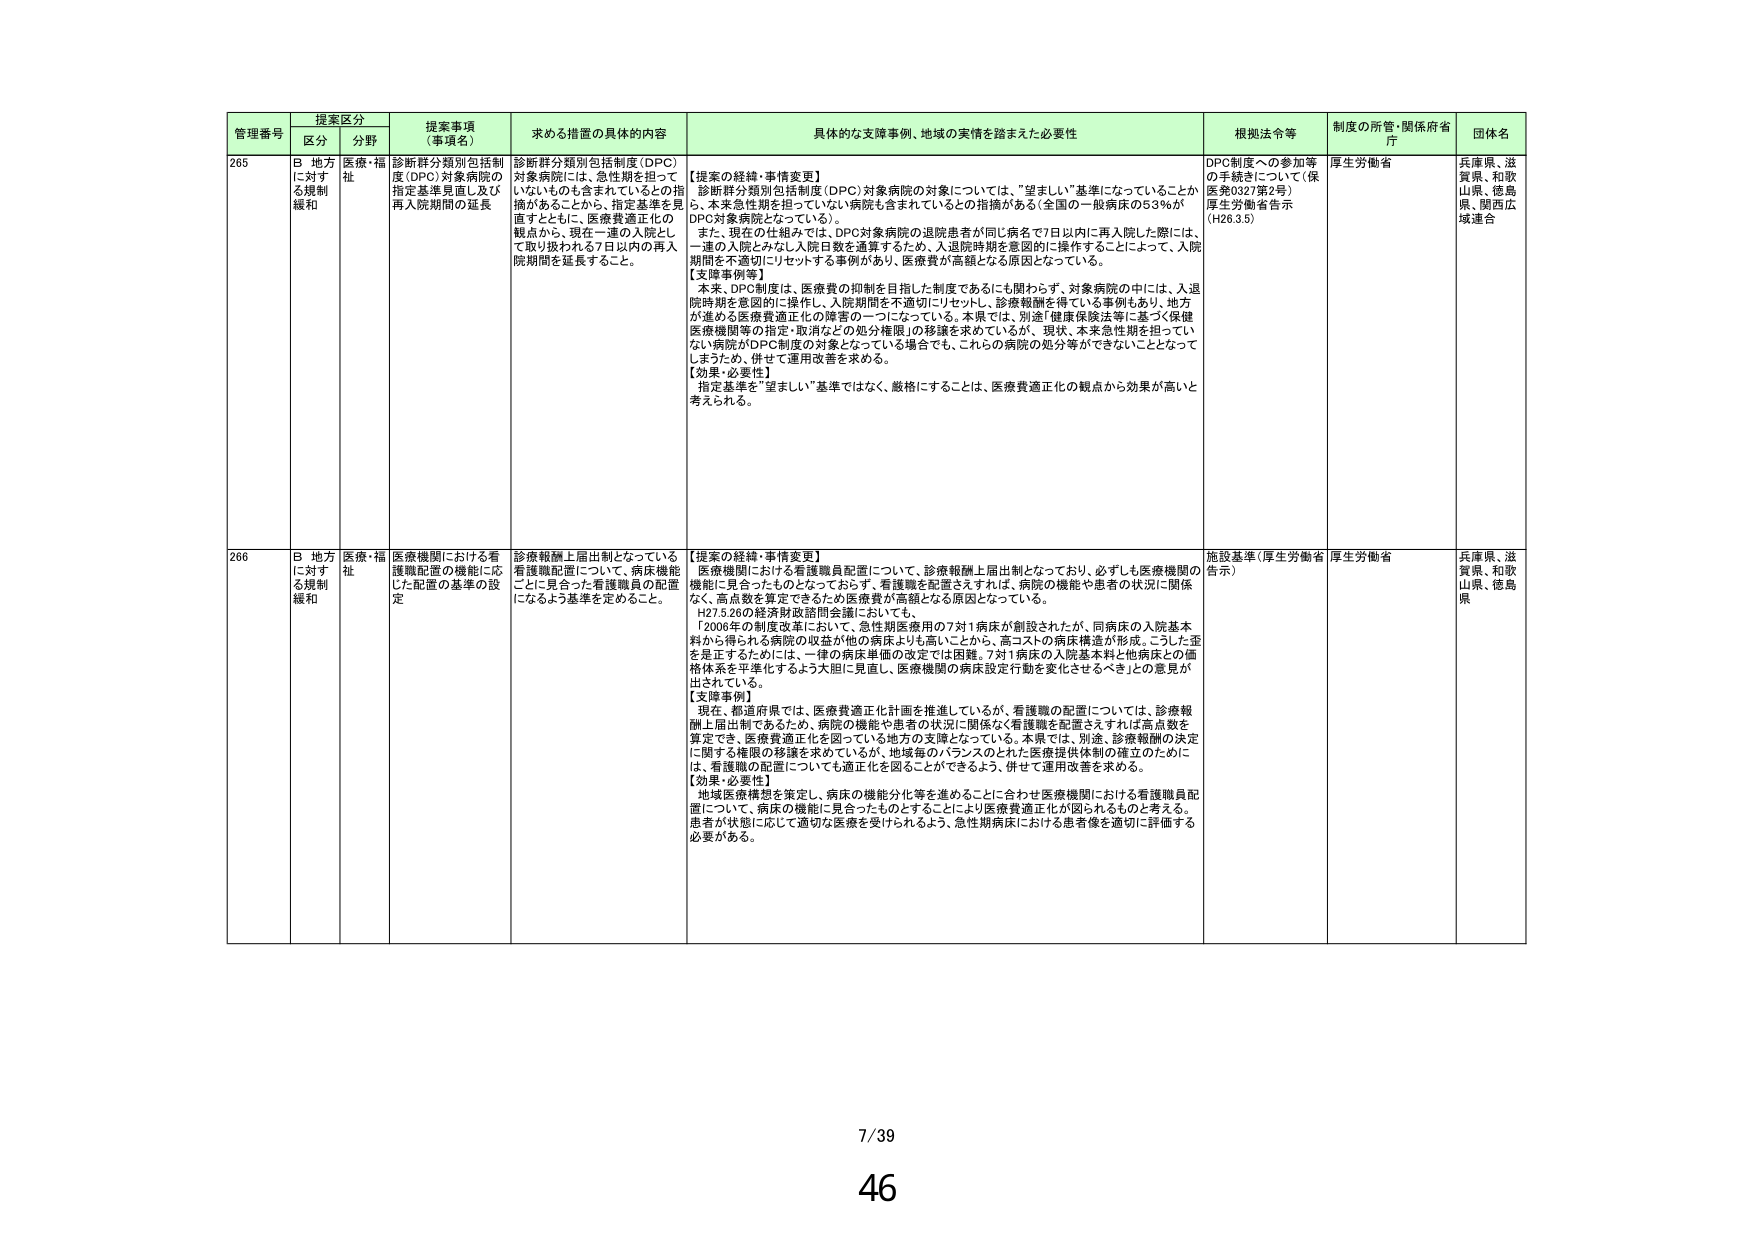
管理番号 提案区分 提案事項（事項名） 求める措置の具体的内容 具体的な支援事例、地域の実情を踏まえた必要性 根拠法令等 制度の所管・関係府省庁 団体名
区分 分野
265 B 地方に対する規制緩和 医療・福祉 診断群分類別包括制度（DPC）対象病院の指定基準見直し及び再入院期間の延長 診断群分類別包括制度（DPC）対象病院には、急性期を担っていないものも含まれているとの指摘があることから、指定基準を見直すとともに、医療費適正化の観点から、現在一連の入院として取り扱われる7日以内の再入院期間を延長すること。 【提案の経緯・事情変更】 診断群分類別包括制度（DPC）対象病院の対象については、“望ましい”基準になっていることから、本来急性期を担っていない病院も含まれているとの指摘がある（全国の一般病床の53％がDPC対象病院となっている）。 また、現在の仕組みでは、DPC対象病院の退院患者が同じ病名で7日以内に再入院した際には、一連の入院とみなし入院日数を通算するため、入退院時期を意図的に操作することによって、入院期間を不適切にリセットする事例があり、医療費が高額となる原因となっている。 【支援事例等】 本来、DPC制度は、医療費の抑制を目指した制度であるにも関わらず、対象病院の中には、入退院時期を意図的に操作し、入院期間を不適切にリセットし、診療報酬を得ている事例もあり、地方が進める医療費適正化の障害の一つになっている。本県では、別途「健康保険法等に基づく保健医療機関等の指定・取消などの処分権限」の移譲を求めているが、現状、本来急性期を担っていない病院がDPC制度の対象となっている場合でも、これらの病院の処分等ができないこととなって しまうため、併せて運用改善を求める。 【効果・必要性】 指定基準を“望ましい”基準ではなく、厳格にすることは、医療費適正化の観点から効果が高いと考えられる。 DPC制度への参加等の手続きについて（保医発0327第2号） 厚生労働省告示（H26.3.5） 厚生労働省 兵庫県、滋賀県、和歌山県、徳島県、関西広域連合
266 B 地方に対する規制緩和 医療・福祉 医療機関における看護職配置の機能に応じた配置の基準の設定 診療報酬上届出制となっている看護職配置について、病床機能ごとに見合った看護職員の配置になるよう基準を定めること。 【提案の経緯・事情変更】 医療機関における看護職員配置について、診療報酬上届出制となっており、必ずしも医療機関の機能に見合ったものとなっておらず、看護職を配置さえすれば、病院の機能や患者の状況に関係なく、高点数を算定できるため医療費が高額となる原因となっている。 H27.5.26の経済財政諮問会議においても、「2006年の制度改革において、急性期医療用の7対1病床が創設されたが、同病床の入院基本料から得られる病院の収益が他の病床よりも高いことから、高コストの病床構造が形成。こうした歪を是正するためには、一律の病床単価の改定では困難。7対1病床の入院基本料と他病床との価格体系を平準化するよう大臣に見直し、医療機関の病床設定行動を変化させるべき」との意見が出されている。 【支援事例】 現在、都道府県では、医療費適正化計画を推進しているが、看護職の配置については、診療報酬上届出制であるため、病院の機能や患者の状況に関係なく看護職を配置さえすれば高点数を算定でき、医療費適正化を図っている地方の支障となっている。本県では、別途、診療報酬の決定に関する権限の移譲を求めているが、地域毎のバランスのとれた医療提供体制の確立のために は、看護職の配置についても適正化を図ることができるように、併せて運用改善を求める。 【効果・必要性】 地域医療構想を策定し、病床の機能分化等を進めるごとに合わせ医療機関における看護職員配置について、病床の機能に見合ったものとすることにより医療費適正化が図られるものと考える。患者が状態に応じて適切な医療を受けられるよう、急性期病床における患者像を適切に評価する必要がある。 施設基準（厚生労働省告示） 厚生労働省 兵庫県、滋賀県、和歌山県、徳島県
7/39
46